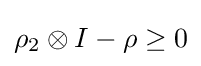
\rho _{2}\otimes I-\rho \geq 0